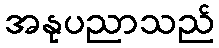
အနုပညာသည်